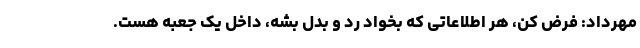
مهرداد: فرض کن، هر اطلاعاتی که بخواد رد و بدل بشه، داخل یک جعبه هست.